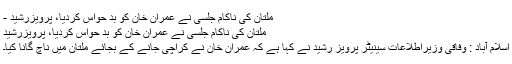
ملتان کی ناکام جلسی نے عمران خان کو بد حواس کردیا، پرویزرشید -
ملتان کی ناکام جلسی نے عمران خان کو بد حواس کردیا، پرویزرشید
اسلام آباد : وفاقی وزیراطلاعات سینیٹر پرویز رشید نے کہا ہے کہ عمران خان نے کراچی جانے کے بجائے ملتان میں ناچ گانا کیا۔